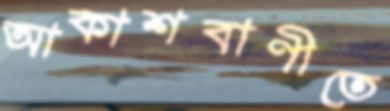
আকাশবাণীতে